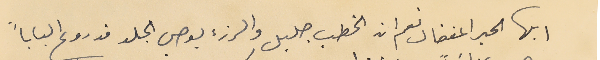
ايها الحبر المفضال نعم ان الخطب جليل والرزء يوصي الجلد قد روع الباباً